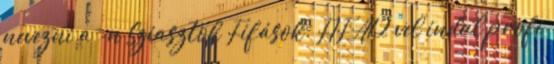
nevezni a -n Sziasztok Fifások. FIFA12 vel indul profi